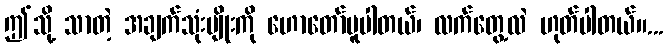
ဤသို့ သာတဲ့ အချက်သုံးမျိုးကို ဟောတော်မူပါတယ်၊ လက်တွေ့လဲ ဟုတ်ပါတယ်။...